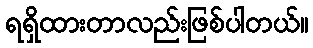
ရရှိထားတာလည်းဖြစ်ပါတယ်။